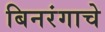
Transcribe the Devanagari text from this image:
बिनरंगाचे